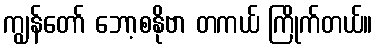
ကျွန်တော် ဘော့စနိုဗာ တကယ် ကြိုက်တယ်။